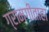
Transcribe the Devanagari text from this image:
ग्रामगीताहा